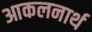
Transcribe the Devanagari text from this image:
आकलनार्थ